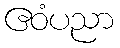
ဧဝံပညာ